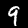
Label: 9